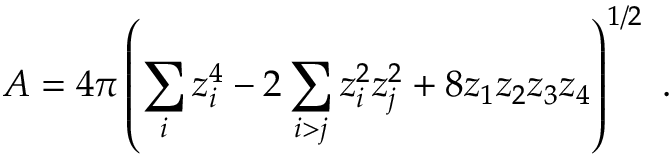
A = 4 \pi \left( { \sum _ { i } z _ { i } ^ { 4 } - 2 \sum _ { i > j } z _ { i } ^ { 2 } z _ { j } ^ { 2 } + 8 z _ { 1 } z _ { 2 } z _ { 3 } z _ { 4 } } \right) ^ { 1 / 2 } \ .